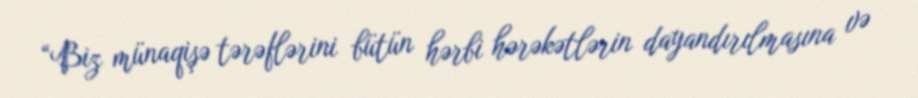
“Biz münaqişə tərəflərini bütün hərbi hərəkətlərin dayandırılmasına və